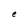
Character: e